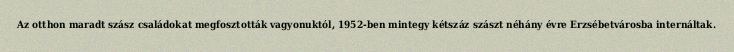
Az otthon maradt szász családokat megfosztották vagyonuktól, 1952-ben mintegy kétszáz szászt néhány évre Erzsébetvárosba internáltak.